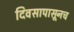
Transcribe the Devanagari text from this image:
दिवसापासूनच